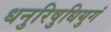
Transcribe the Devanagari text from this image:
धनुरिषुधियुगं